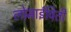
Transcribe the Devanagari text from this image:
लोमाईविती